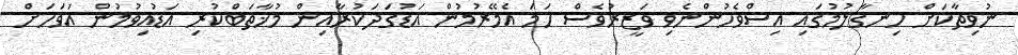
ނުވިތާކަށް ހިނގާލުމުގައި އިސްވެހުންނެވި ވަޒީރުވެސް ހަމަ އެމޭރުމުން އަޑުގަދަކުރާއިން މުޚާތަބްކުރި އަޑުއިވުމުން އަވަހަށް